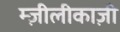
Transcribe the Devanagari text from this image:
म्ज़ीलीकाज़ी